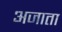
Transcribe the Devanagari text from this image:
अजाता